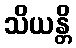
သိယန္တိ